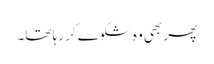
پھر بھی وہ شکوے کر رہا تھا۔